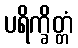
ပရိက္ခိတ္တံ